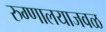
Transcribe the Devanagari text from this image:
रुग्णालयाजवळ